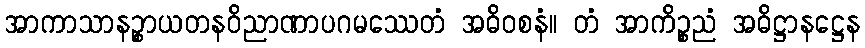
အာကာသာနဉ္စာယတနဝိညာဏာပဂမဿေတံ အဓိဝစနံ။ တံ အာကိဉ္စညံ အဓိဋ္ဌာနဋ္ဌေန